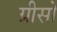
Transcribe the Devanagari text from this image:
ग्रीसो